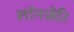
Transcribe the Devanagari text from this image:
लॉनज़ेरि